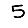
Digit: 5